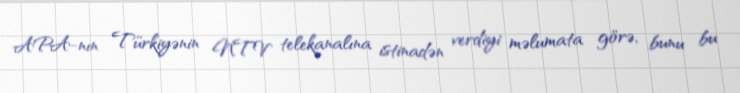
APA-nın Türkiyənin NTV telekanalına istinadən verdiyi məlumata görə, bunu bu